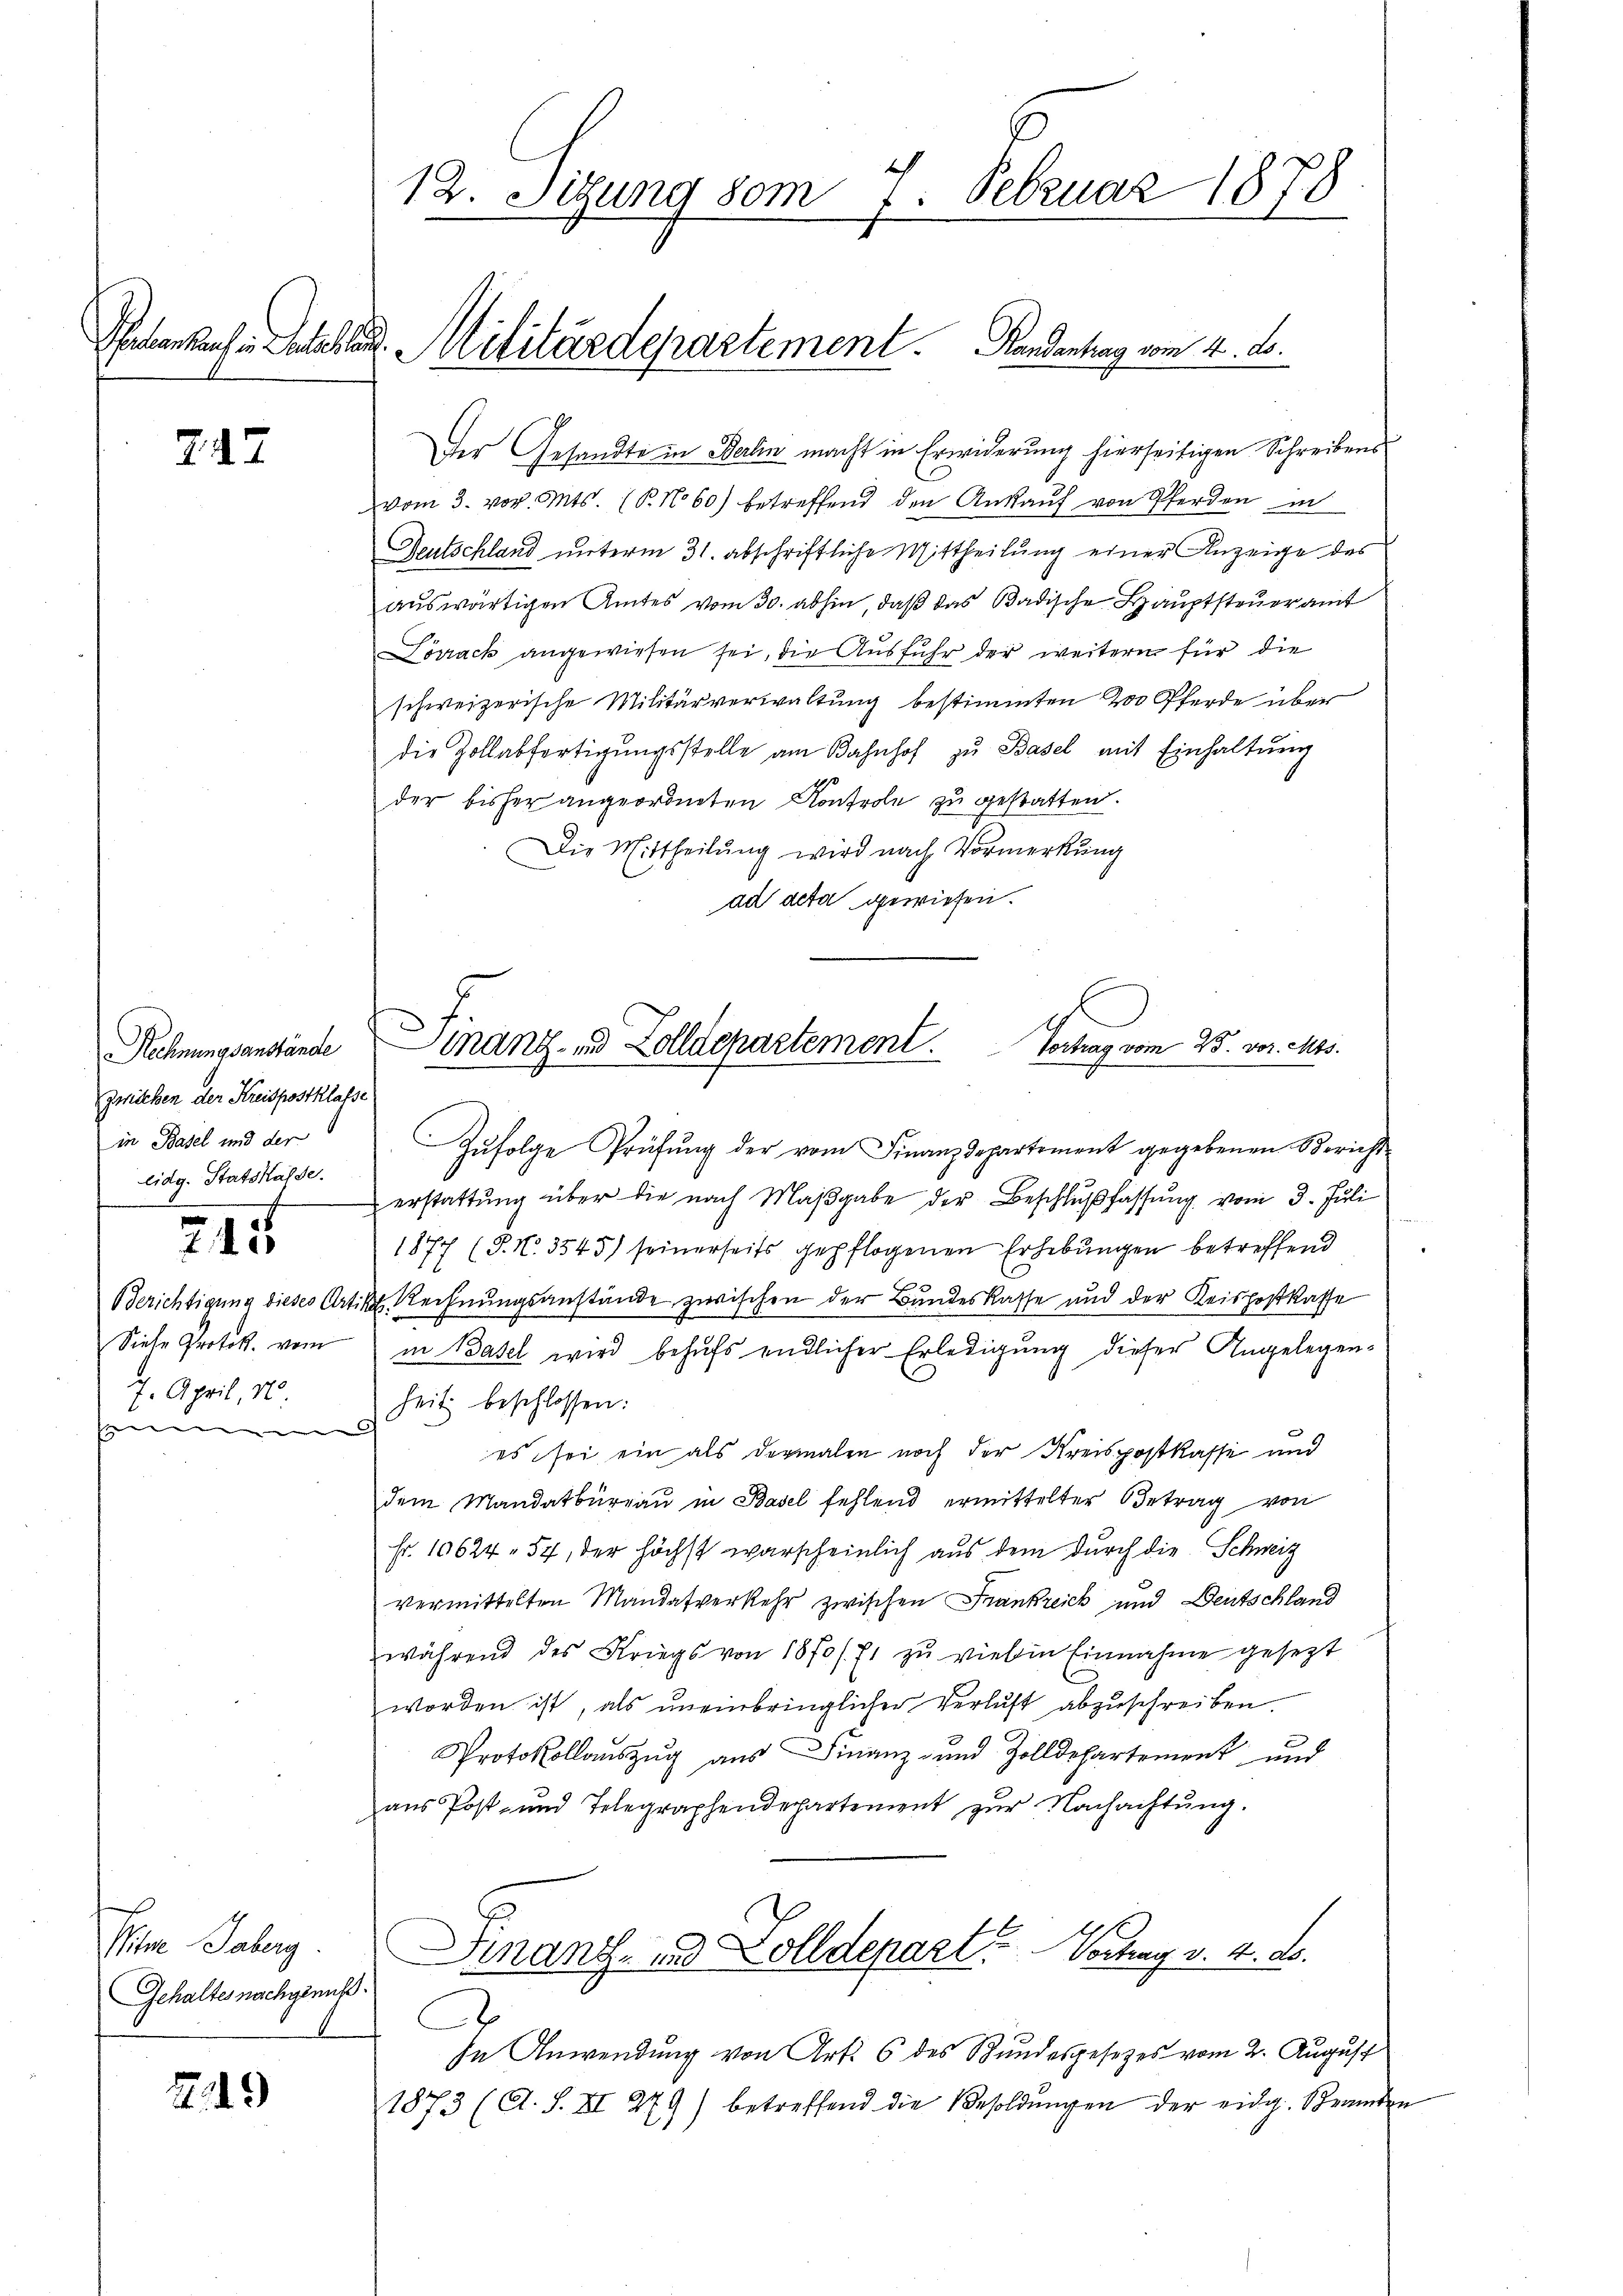
717

gwicken der Kreispostklasse
in Basel und der
Eidg. Statskasse.

215

7. April 188
e

Si Jaber
Gehaltes nachgenuß.

249

12. Sitzung vom 7. Februar 1878

Patenbach Entschlag Militärdepartement. Handentrag vom 4. d.

Der Gesandte in Berlin macht in Erwiderung hierseitigen Schreibensvom 3. vor. Mts. (T. No 60) betreffend den Ankaŭf von Pferden in
Deutschland unterm 31. abschriftliche Mittheilung einer Anzeige des
aŭswärtigen Amtes vom 30. abhin, daβ das Badische Hauptsteŭeramt
Lörrack angewiesen sei, die Ausfuhr der weiteren für die
schweizerische Militärverwaltung bestimmten 200 Pferde über
die Zollabfertigŭngsstelle am Bahnhof zu Basel mit Einhaltŭng
der bisher angeordneten Kontrole zu gestatten.
Die Mittheilung wird nach Vormerkung
d
ad acta gewiesen.

Rechnungsanstände Finanz- und Zolldepartement. Vortrag vom 25. vor. Mts.

Zŭfolge Prüfŭng der vom Finanzdepartement gegebenen Bericht
erstattung über die nach Maßgabe der Beschlußfassung vom 3. Juli
1877 (P. Nr. 3545) seinerseits gepflogenen Erhebungen betreffend
Berichtigung dieses Artik. Rechnungsanstände zwischen der Bundeskasse und der Reispostkasse
Siehe Protok. vom in Basel wird behufs endlicher Erledigung dieser Angelegen-
heit beschlossen:
es sei ein als dermalen noch der Kreispostkasse und
dem Mandatburgau in Basel fehlend ermittelter Betrag von
Fr. 10624, 57, der höchst warscheinlich aus dem durch die Schweiz
vermittelten Mandatverkehr zwischen Frankreich und Deutschland
während des Kriegs von 18 ff. Er zu viel in Einnahme gesezt
worden ist, als uneinbringlicher Verlust abzuschreiben.
Protokollauszug aus Finanz- und Zolldepartement und
aus Post- und Telegraphendepartement zŭr Nachachtŭng.
Finanz- und Zolldepart. Vertrag v. 4. ds.
.
In Anwendung von Art. 6 des Bundesgesetzes vom 2. August
1873 (A. S. XI 279) betreffend die Besoldŭngen der eidg. Beamten